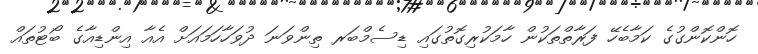
ހޮންކޮންގުގެ ކަމާބެހޭ ފަރާތްތަކުން ހާމަކުރިގޮތުގައި ޑިސެމްބަރ ތިންވަނަ ދުވަހާހަމައަށް އެއާ އިންޑިއާގެ ބޯޓުތައް